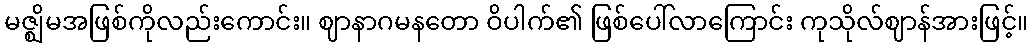
မဇ္ဈိမအဖြစ်ကိုလည်းကောင်း။ ဈာနာဂမနတော ဝိပါက်၏ ဖြစ်ပေါ်လာကြောင်း ကုသိုလ်ဈာန်အားဖြင့်။